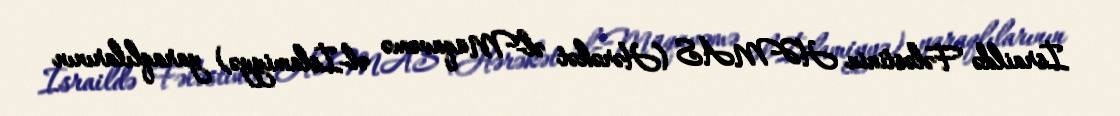
İsraildə Fələstinin HƏMAS (Hərəkət əl-Müqavəmə əl-İslamiyyə) yaraqlılarının